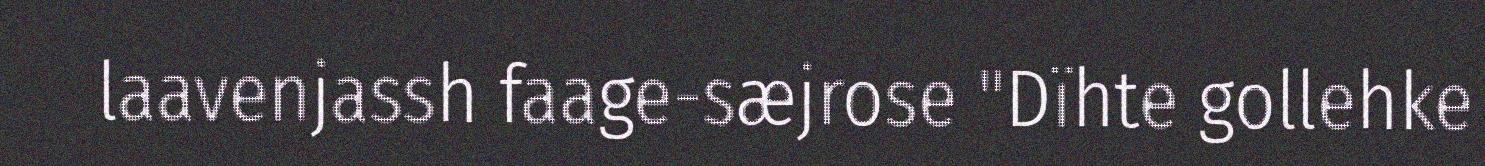
laavenjassh faage-sæjrose "Dïhte gollehke